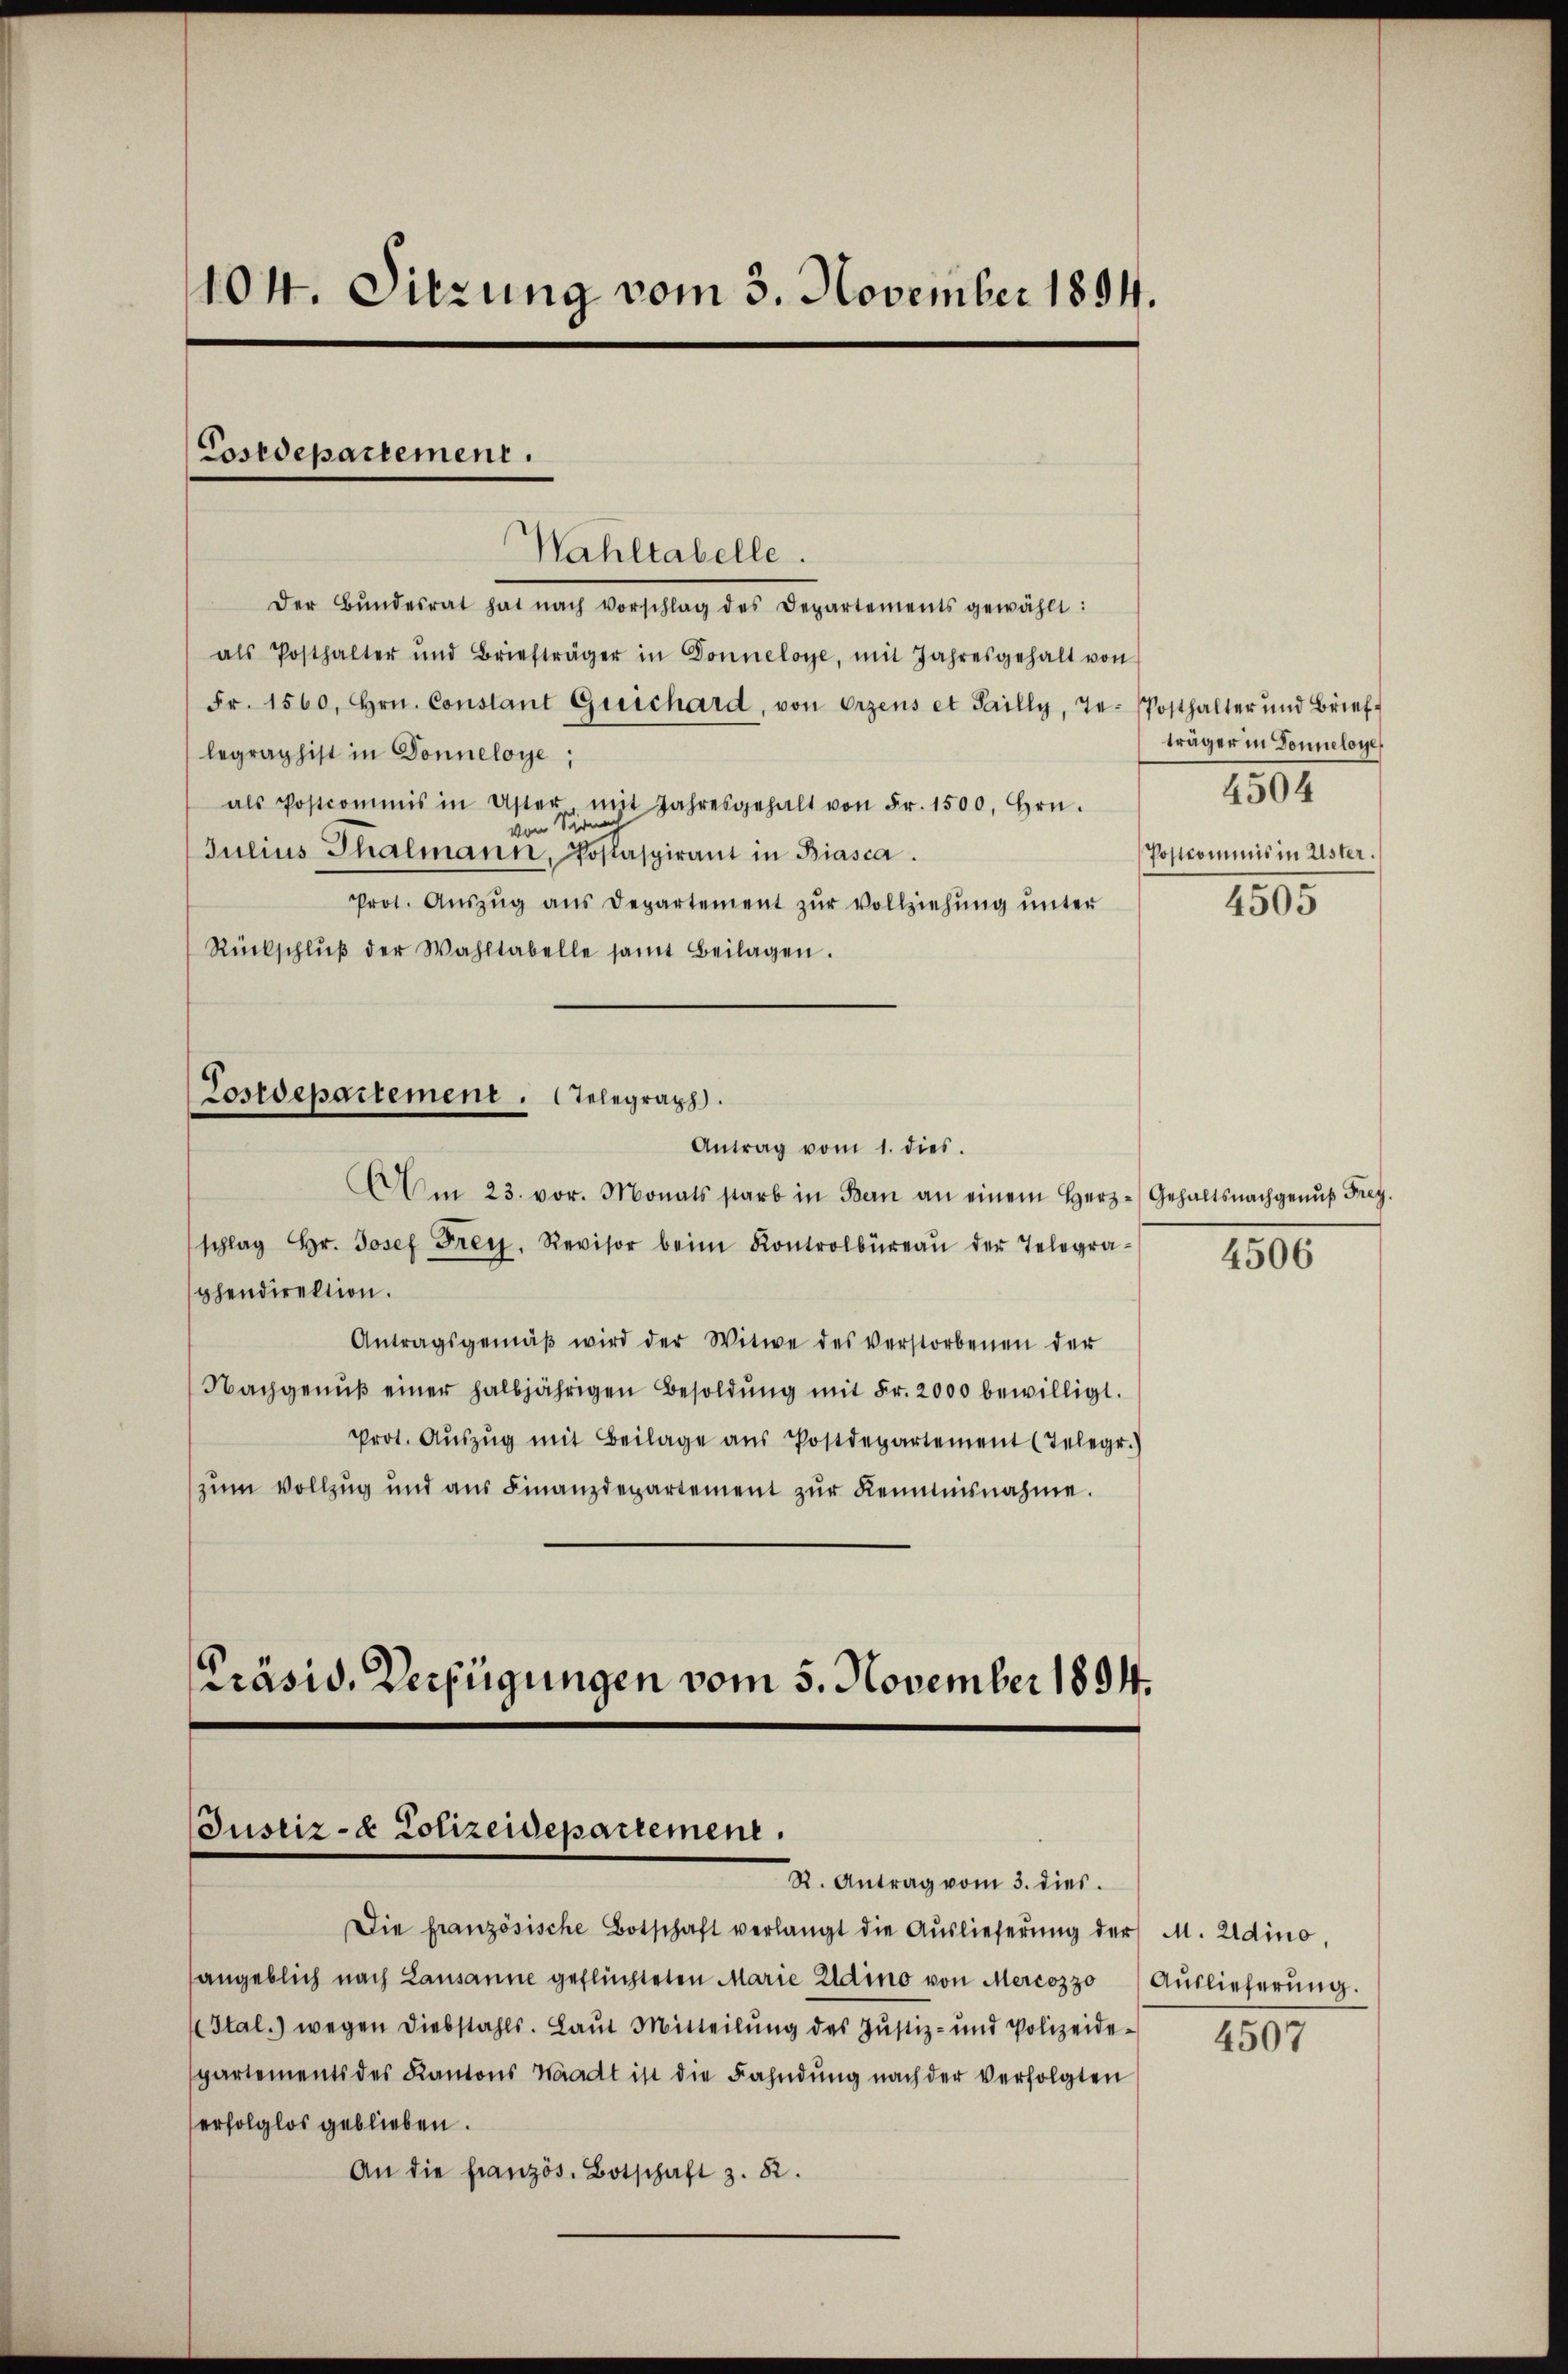
104. Sitzung vom 3. November 1894.

Costdepartement.

Wahltabelle.
Der Bŭndesrat hat nach vorschlag des Departements gewählt:
als Posthalter und Briefträger in Donneloye, mit Jahresgehalt von
Fr. 1560. Hrn. Constant Greichard, von erzens et Failly, Te-Posthalter und Brief
legraphist in Donneloye;
als Postcommis in Uster, mit Jahresgehalt von Fr. 1500. Hrn.
von Sirna
Julius Thalmann, Poslaspirant in Biasca.
Prot. Aŭszŭg ans Departement zŭr Vollziehŭng ŭnter
Rückschlŭβ der Wahltabelle samt Beilagen.

Postdepartement. Telegraph
Antrag vom 1. dies

Am 23. vor. Monats starb in Bern an einem Herz-Gehaltsnachgenŭβ Frey.
schlag Hr. Josef Frey, Revisor beim Kontrolbüreaŭ der Telegra-
phendirektion.
Antragsgemäβ wird der Witwe des verstorbenen der
Nachgenŭβ einer halbjährigen Besoldŭng mit Fr. 2000 bewilligt.
Prot. Aŭszŭg mit Beilage aŭs Postdepartement (Telegr.
zum Vollzug und aŭs Finanzdepartement zŭr Kenntnisnahme.

Präsid. Verfügungen vom 5. November 1894.
Justiz- & Polizeidepartement.
R. Antrag vom 3. dies

Die französische Botschaft verlangt die Auslieferŭng der
angeblich nach Lausanne geflüchteten Marie Edino von Mercozzo Aŭslieferŭng.
Ital.) wegen Diebstahls. Laut Mitteilung des Justiz- und Polizeide-
partements des Kantons Waadt ist die Fahndŭng nach der verfolgten
erfolglos geblieben.
An die französ. Botschaft z. 82.

träger in Donneloye
1505
Postkommnis in Uster.
4505

4506

M. Adino,

4507